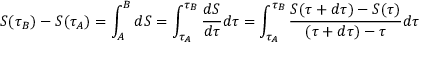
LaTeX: S ( \tau _ { B } ) - S ( \tau _ { A } ) = \int _ { A } ^ { B } d S = \int _ { \tau _ { A } } ^ { \tau _ { B } } { \frac { d S } { d \tau } } d \tau = \int _ { \tau _ { A } } ^ { \tau _ { B } } { \frac { S ( \tau + d \tau ) - S ( \tau ) } { ( \tau + d \tau ) - \tau } } d \tau